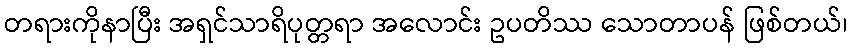
တရားကိုနာပြီး အရှင်သာရိပုတ္တရာ အလောင်း ဥပတိဿ သောတာပန် ဖြစ်တယ်၊